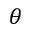
\theta